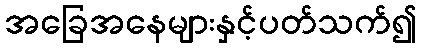
အခြေအနေများနှင့်ပတ်သက်၍